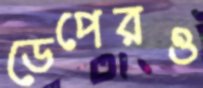
ডেপেরও